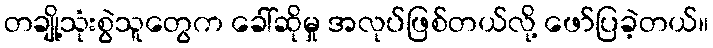
တချို့သုံးစွဲသူတွေက ခေါ်ဆိုမှု အလုပ်ဖြစ်တယ်လို့ ဖော်ပြခဲ့တယ်။